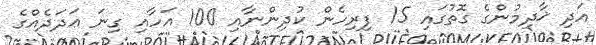
އަދި ޚާދިމުންގެ ގޮތުގައި 15 ފިރިހެން ކުދިންނާއި 100 އަހާއި ގިނަ ޢަދަދެއްގެ